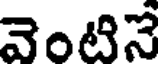
వెంటినే